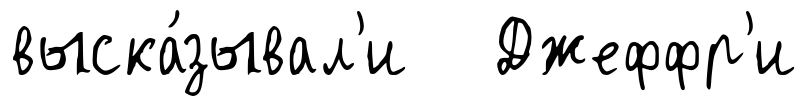
выска́зывал'и Джеффр'и